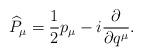
LaTeX: \begin{align*}\widehat{P}_{\mu }=\frac{1}{2}p_{\mu }-i\frac{\partial }{\partial q^{\mu }}.\end{align*}